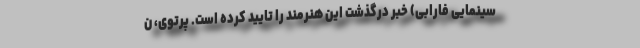
سینمایی فارابی) خبر درگذشت این هنرمند را تایید کرده است. پرتوی، ن